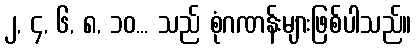
၂, ၄, ၆, ၈, ၁၀... သည် စုံဂဏန်းများဖြစ်ပါသည်။